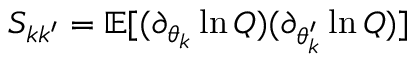
S _ { k k ^ { \prime } } = \mathbb { E } [ ( \partial _ { \theta _ { k } } \ln Q ) ( \partial _ { \theta _ { k } ^ { \prime } } \ln Q ) ]